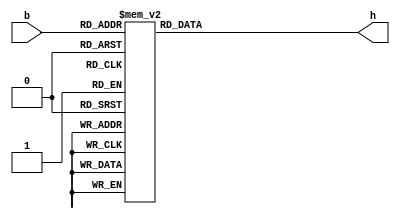
module bcd7seg(
	 input  [3:0] b,
	 output reg [6:0] h
	 );

   always @(*)
   case (b)
	4'b1111: h = 7'b0001110;
	4'b1110: h = 7'b0000110;
	4'b1101: h = 7'b1000000;
	4'b1100: h = 7'b1000110;
	4'b1011: h = 7'b0000000;
	4'b1010: h = 7'b0001000;
	4'b1001: h = 7'b0010000;
	4'b1000: h = 7'b0000000;
	4'b0111: h = 7'b1111000;
	4'b0110: h = 7'b0000010;
	4'b0101: h = 7'b0010010;
	4'b0100: h = 7'b0011001;
	4'b0011: h = 7'b0110000;
	4'b0010: h = 7'b0100100;
	4'b0001: h = 7'b1111001;
	4'b0000: h = 7'b1000000;
	default: h = 7'b1111111;
	endcase
	
endmodule